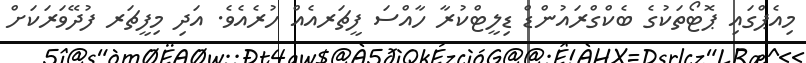
މިއެޕްގައި ޕޮޓޯތަކުގެ ބެކްގްރައުންޑް ޑިލީޓްކުރާ ހާއްސަ ފީޗަރއެއް ހުރެއެވެ. އަދި މިފީޗަރ ފުދޭވަރަކަށް